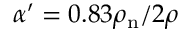
\alpha ^ { \prime } = 0 . 8 3 \rho _ { \mathrm { n } } / 2 \rho